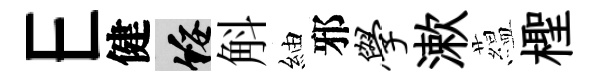
E健綏斛紬邪学漱藴檉